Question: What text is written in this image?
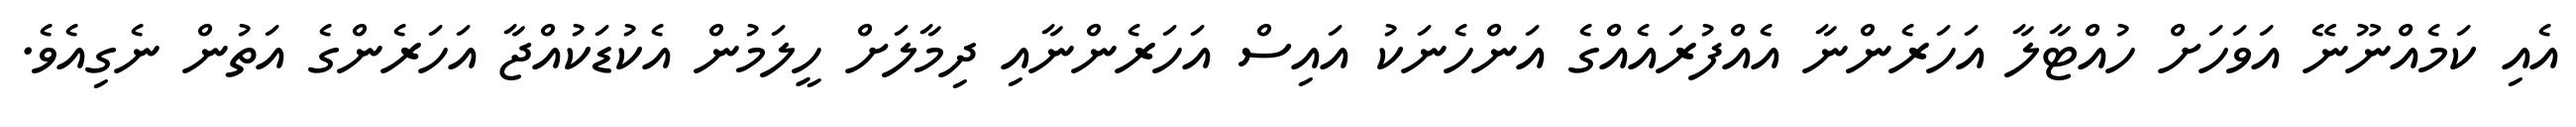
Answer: އެއި ކަމެއްނޫނޭ އަވަހަށް ހުއްޓާލާ އަހަރެންނާ އެއްފުރައެއްގެ އަންހެނަކު އައިސް އަހަރެންނާއި ދިމާލަށް ހީލަމުން އެކުޑަކުއްޖާ އަހަރެންގެ އަތުން ނެގިއެވެ.